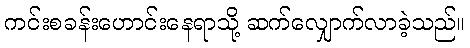
ကင်းစခန်းဟောင်းနေရာသို့ ဆက်လျှောက်လာခဲ့သည်။